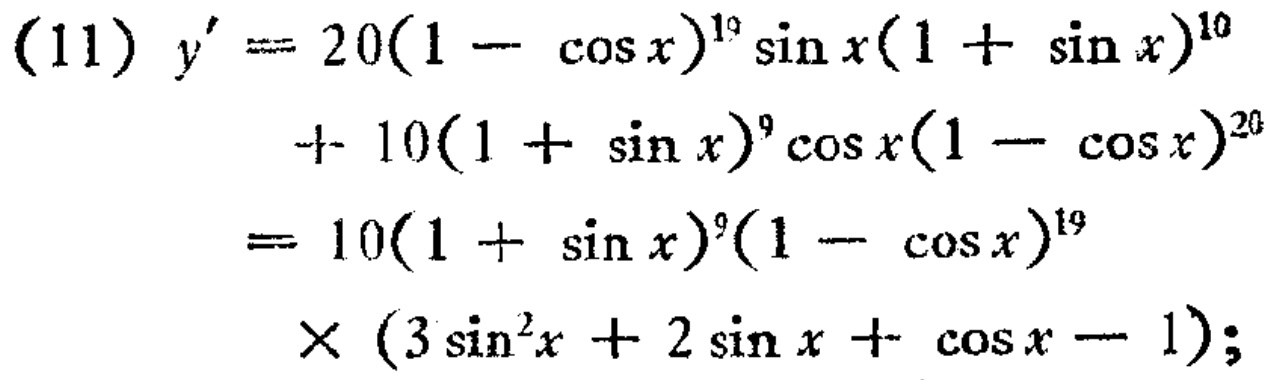
\[
\begin{align*}
(11)\ y'&=20(1 - \cos x)^{19}\sin x(1 + \sin x)^{10}\\
&+ 10(1 + \sin x)^{9}\cos x(1 - \cos x)^{20}\\
&= 10(1 + \sin x)^{9}(1 - \cos x)^{19}\\
&\times (3\sin^{2}x + 2\sin x + \cos x - 1);
\end{align*}
\]